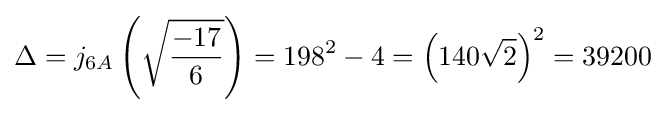
\Delta =j_{6A}\left({\sqrt {\frac {-17}{6}}}\right)=198^{2}-4=\left(140{\sqrt {2}}\right)^{2}=39200